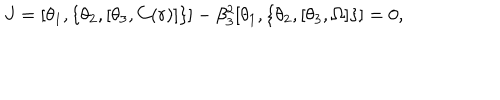
J = [ \theta _ { 1 } , \{ \theta _ { 2 } , [ \theta _ { 3 } , C ( r ) ] \} ] - \beta _ { 3 } ^ { 2 } [ \theta _ { 1 } , \{ \theta _ { 2 } , [ \theta _ { 3 } , \Omega ] \} ] = 0 ,